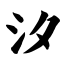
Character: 汐